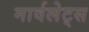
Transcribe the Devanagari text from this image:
मार्वलेट्स